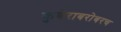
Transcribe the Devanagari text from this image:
कुबेराबरोबरच